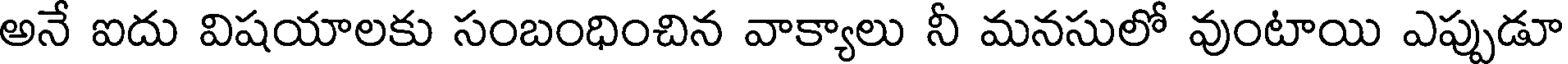
అనే ఐదు విషయాలకు సంబంధించిన వాక్యాలు నీ మనసులో వుంటాయి ఎప్పుడూ